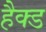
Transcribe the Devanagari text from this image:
हैक्ड